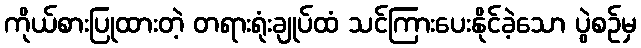
ကိုယ်စားပြုထားတဲ့ တရားရုံးချုပ်ထံ သင်ကြားပေးနိုင်ခဲ့သော ပွဲစဉ်မှ